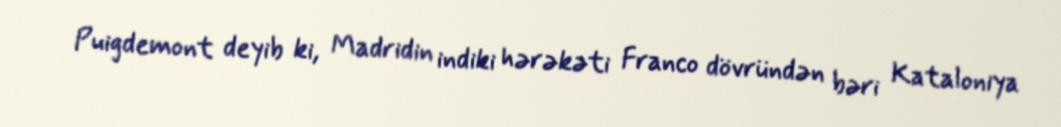
Puigdemont deyib ki, Madridin indiki hərəkəti Franco dövründən bəri Kataloniya